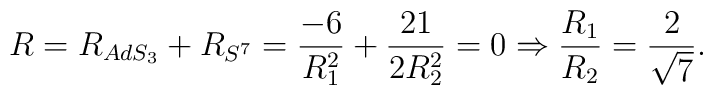
R=R_{AdS_3}+R_{S^7}={-6\over R_1^2}+{21\over 2R_2^2}=0 \Rightarrow {R_1\over R_2}={2\over \sqrt{7}}.